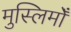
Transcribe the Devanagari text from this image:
मुस्लिमोँ